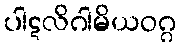
ပါဋလိဂါမိယဝဂ္ဂ